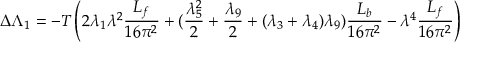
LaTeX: \Delta \Lambda _ { 1 } = - T \left( 2 \lambda _ { 1 } \lambda ^ { 2 } { \frac { L _ { f } } { 1 6 \pi ^ { 2 } } } + ( { \frac { \lambda _ { 5 } ^ { 2 } } { 2 } } + { \frac { \lambda _ { 9 } } { 2 } } + ( \lambda _ { 3 } + \lambda _ { 4 } ) \lambda _ { 9 } ) { \frac { L _ { b } } { 1 6 \pi ^ { 2 } } } - \lambda ^ { 4 } { \frac { L _ { f } } { 1 6 \pi ^ { 2 } } } \right)